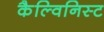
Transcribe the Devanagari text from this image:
कैल्विनिस्ट